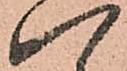
八